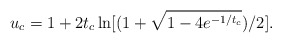
\begin{align*}u_c=1+2t_c\ln[(1+\sqrt{1-4e^{-1/t_c}})/2].\end{align*}